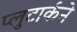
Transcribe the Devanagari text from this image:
प्लुटार्कने